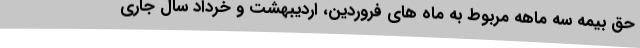
حق بیمه سه ماهه مربوط به ماه های فروردین، اردیبهشت و خرداد سال جاری